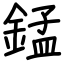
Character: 錳